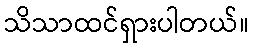
သိသာထင်ရှားပါတယ်။